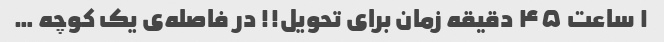
۱ ساعت ۴۵ دقیقه زمان برای تحویل!! در فاصله‌ی یک کوچه …